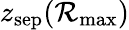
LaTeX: z_{\textrm{sep}}(\mathcal{R}_{\textrm{max}})